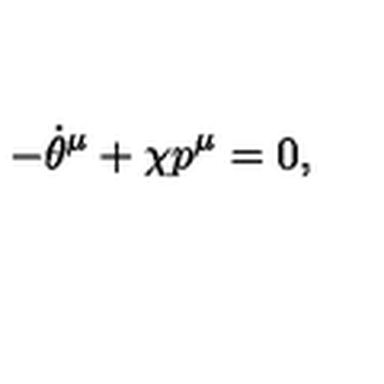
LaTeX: - { \dot { \theta } } ^ { \mu } + \chi { p } ^ { \mu } = 0 ,